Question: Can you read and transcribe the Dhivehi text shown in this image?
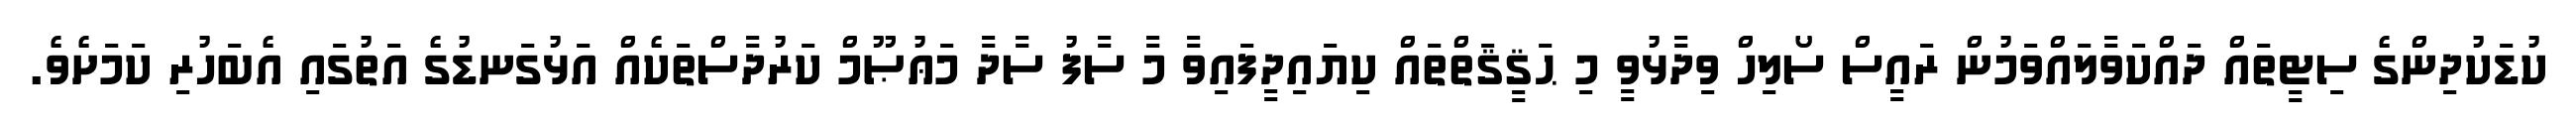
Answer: ކުޑަކުދިންގެ ސިޓީތައް ދައްކަވާލައްވަމުން ރައީސް ސޯލިހް ވިދާޅުވީ މި ޙަޤީޤަތްތައް ކިޔައިދީފައިވާ މާ ސާފު ސާދާ މަޢުޞޫމް ކަރުދާސްތަކެއް އަޅުގަނޑުގެ އަތުގައި އެބަހުރި ކަމަށެވެ.